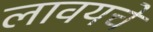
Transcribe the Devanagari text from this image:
लावयचे